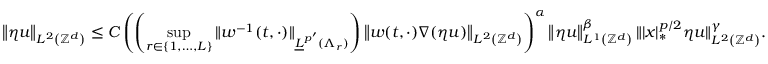
\left\| \eta u \right\| _ { L ^ { 2 } \left( \ensuremath { \mathbb { Z } ^ { d } } \right) } \leq C \left( \left( \operatorname* { s u p } _ { r \in \{ 1 , \ldots , L \} } \| w ^ { - 1 } ( t , \cdot ) \| _ { \underline { { L } } ^ { p ^ { \prime } } ( \Lambda _ { r } ) } \right) \left\| w ( t , \cdot ) \nabla ( \eta u ) \right\| _ { L ^ { 2 } \left( \ensuremath { \mathbb { Z } ^ { d } } \right) } \right) ^ { \alpha } \left\| \eta u \right\| _ { L ^ { 1 } \left( \ensuremath { \mathbb { Z } ^ { d } } \right) } ^ { \beta } \| | x | _ { * } ^ { p / 2 } \eta u \| _ { L ^ { 2 } \left( \ensuremath { \mathbb { Z } ^ { d } } \right) } ^ { \gamma } .